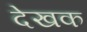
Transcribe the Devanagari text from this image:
देखक